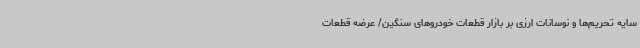
سایه تحریم‌ها و نوسانات ارزی بر بازار قطعات خودروهای سنگین/ عرضه قطعات